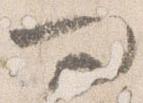
問